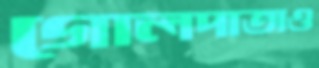
গোলদাতাও